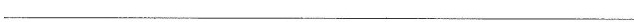
___